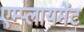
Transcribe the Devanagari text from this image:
एम्प्लायमेंट